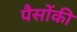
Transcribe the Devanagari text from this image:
पैसोंकी